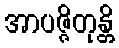
အာပဇ္ဇိတုန္တိ